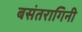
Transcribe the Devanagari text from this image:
बसंतरागिनी